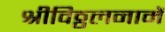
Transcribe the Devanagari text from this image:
श्रीविठ्ठलनामें